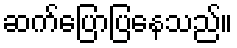
ဆက်ပြောပြနေသည်။